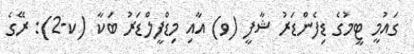
ގައުމީ ޓީމުގެ ޑިފެންޑަރު ޝާފީ (ވ) އާއި މިޑްފީލްޑަރު ބަކާ (ކ-2): ރޭގެ